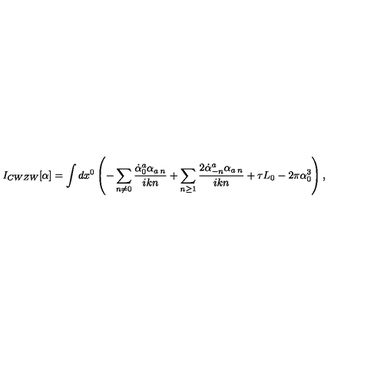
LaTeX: I _ { C W Z W } [ \alpha ] = \int d x ^ { 0 } \left( - \sum _ { n \neq 0 } \frac { \dot { \alpha } _ { 0 } ^ { a } \alpha _ { a \: n } } { i k n } + \sum _ { n \ge 1 } \frac { 2 \dot { \alpha } _ { - n } ^ { a } \alpha _ { a \: n } } { i k n } + \tau L _ { 0 } - 2 \pi \alpha _ { 0 } ^ { 3 } \right) ,